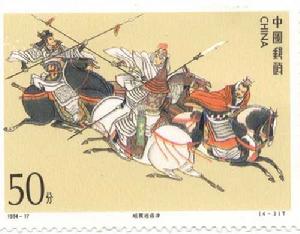
其进锐者，其退速。